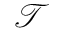
\boldsymbol { \mathcal { T } }